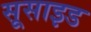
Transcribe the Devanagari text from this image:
सूसाइड